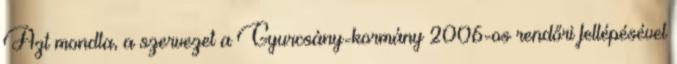
Azt mondta, a szervezet a Gyurcsány-kormány 2006-os rendőri fellépésével